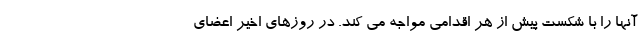
آنها را با شکست پیش از هر اقدامی مواجه می کند. در روزهای اخیر اعضای